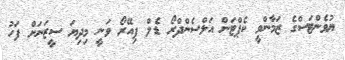
ޔުވެންޓަސްގެ ޒަމާންވީ ކެޕްޓަން އަލްސެންދްރޯ ޑެލް ޕިއޭރޯ ވަނީ މިދިޔަ ސީޒަނަށް ފަހު